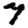
Digit: 7